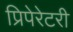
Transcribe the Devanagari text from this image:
प्रिपेरेटरी